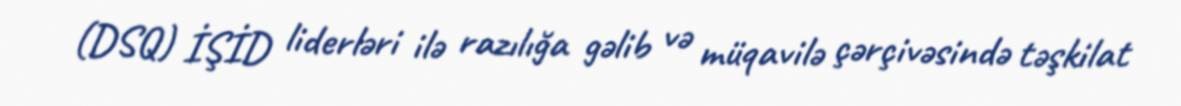
(DSQ) İŞİD liderləri ilə razılığa gəlib və müqavilə çərçivəsində təşkilat